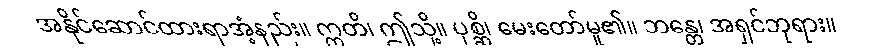
အနိုင်ဆောင်ထားရာအံ့နည်း။ ဣတိ၊ ဤသို့။ ပုစ္ဆိ၊ မေးတော်မူ၏။ ဘန္တေ၊ အရှင်ဘုရား။